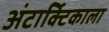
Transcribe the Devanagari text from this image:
अंटार्क्टिकाला